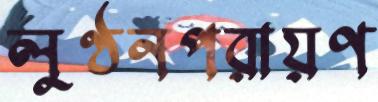
লুণ্ঠনপরায়ণ